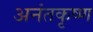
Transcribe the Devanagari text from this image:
अनंतकृष्ण